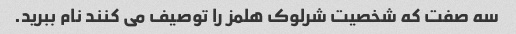
سه صفت که شخصیت شرلوک هلمز را توصیف می کنند نام ببرید.